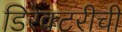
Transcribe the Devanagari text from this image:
डिरेक्टरीची